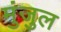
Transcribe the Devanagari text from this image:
मुंजुल